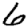
Digit: 6